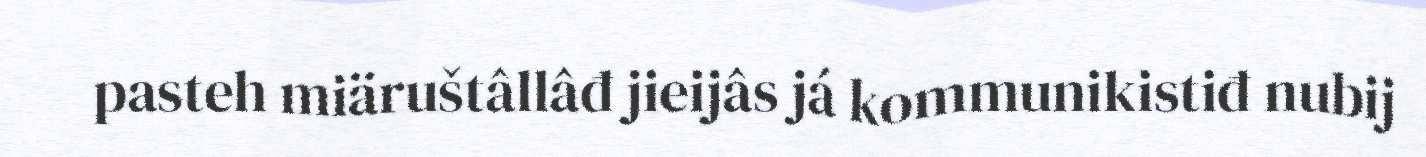
pasteh miäruštâllâđ jieijâs já kommunikistiđ nubij